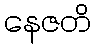
နေဇတိ